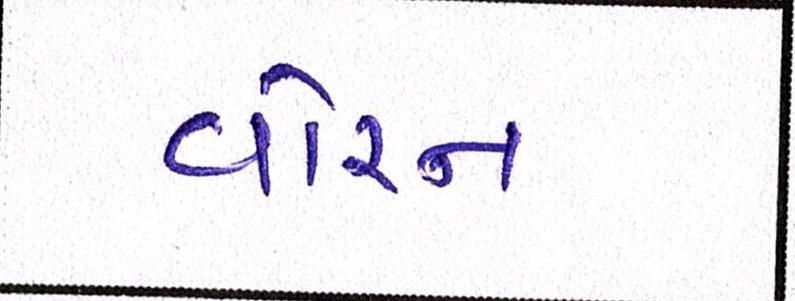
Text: વોરન